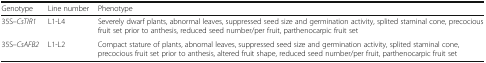
| Genotype | Line number | Phenotype |
 | --- | --- | --- |
 | 35S–CsTIR1 | L1-L4 | Severely dwarf plants, abnormal leaves, suppressed seed size and germination activity, splited staminal cone, precocious fruit set prior to anthesis, reduced seed number/per fruit, parthenocarpic fruit set |
 | 35S–CsAFB2 | L1-L2 | Compact stature of plants, abnomal leaves, suppressed seed size and germination activity, splited staminal cone, precocious fruit set prior to anthesis, altered fruit shape, reduced seed number/per fruit, parthenocarpic fruit set |